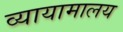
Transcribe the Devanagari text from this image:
व्यायामालय